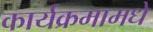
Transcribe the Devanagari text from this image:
कार्यक्रमामधे